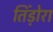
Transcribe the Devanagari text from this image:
तिंड़ोरा